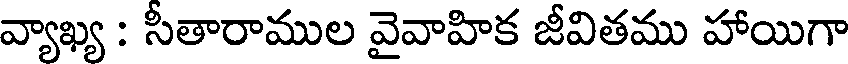
వ్యాఖ్య : సీతారాముల వైవాహిక జీవితము హాయిగా